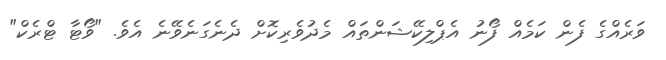
ވަރެއްގެ ފެން ކަމެއް ފޯނު އެޕްލިކޭޝަންތައް މެދުވެރިކޮށް ދެނެގަނެވޭނެ އެވެ. "ވޯޓާ ޓްރެކް"